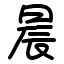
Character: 晨